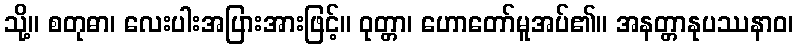
သို့။ စတုဓာ၊ လေးပါးအပြားအားဖြင့်။ ဝုတ္တာ၊ ဟောတော်မူအပ်၏။ အနတ္တာနုပဿနာဝ၊